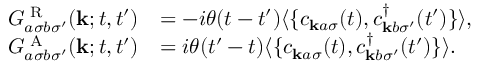
\begin{array} { r l } { G _ { a \sigma b \sigma ^ { \prime } } ^ { \textrm { R } } ( \mathbf { k } ; t , t ^ { \prime } ) } & { = - i \theta ( t - t ^ { \prime } ) \langle \{ c _ { \mathbf { k } a \sigma } ( t ) , c _ { \mathbf { k } b \sigma ^ { \prime } } ^ { \dagger } ( t ^ { \prime } ) \} \rangle , } \\ { G _ { a \sigma b \sigma ^ { \prime } } ^ { \textrm { A } } ( \mathbf { k } ; t , t ^ { \prime } ) } & { = i \theta ( t ^ { \prime } - t ) \langle \{ c _ { \mathbf { k } a \sigma } ( t ) , c _ { \mathbf { k } b \sigma ^ { \prime } } ^ { \dagger } ( t ^ { \prime } ) \} \rangle . } \end{array}